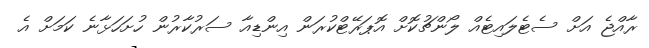
ރާއްޖެ އަށް ސެޓެލައިޓެއް ލޯންޗުކޮށް އޮޕަރޭޓްކުރަން އިންޑިއާ ސަރުކާރުން ހުށަހަޅާނެ ކަމަށް އެ